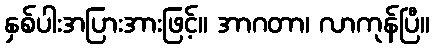
နှစ်ပါးအပြားအားဖြင့်။ အာဂတာ၊ လာကုန်ပြီ။